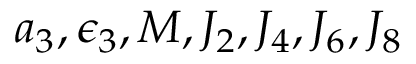
a _ { 3 } , \epsilon _ { 3 } , M , J _ { 2 } , J _ { 4 } , J _ { 6 } , J _ { 8 }